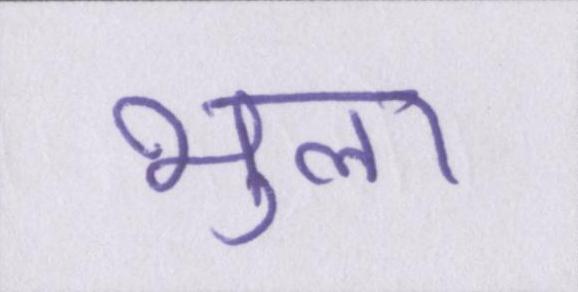
भुला